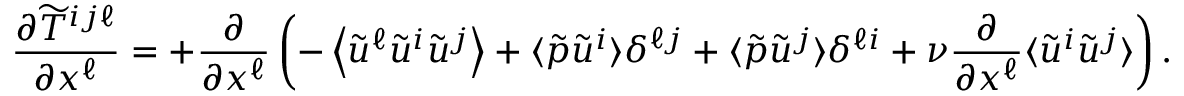
\frac { \partial \widetilde { T } ^ { i j \ell } } { \partial x ^ { \ell } } = + \frac { \partial } { \partial x ^ { \ell } } \left( { - \left\langle { \tilde { u } ^ { \ell } \tilde { u } ^ { i } \tilde { u } ^ { j } } \right\rangle + \langle { \tilde { p } \tilde { u } ^ { i } } \rangle \delta ^ { \ell j } + \langle { \tilde { p } \tilde { u } ^ { j } } \rangle \delta ^ { \ell i } \rule { 0 ex } { 3 ex } + \nu \frac { \partial } { \partial x ^ { \ell } } \langle { \tilde { u } ^ { i } \tilde { u } ^ { j } } \rangle } \right) .